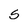
Character: s